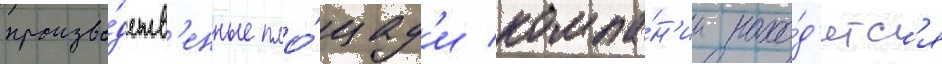
произво́дств'енные пло́щад'и компа́н'ии нахо́д'ятс'я